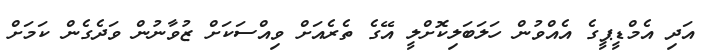
އަދި އެމްޑީޕީގެ އެއްވުން ހަލަބަލިކޮށްލީ އޭގެ ތެރެއަށް ވިއްސަކަށް ޒުވާނުން ވަދެގެން ކަމަށް